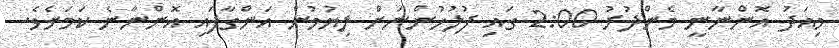
މިއަދު އޮންނާނީ މެންދުރު 2:00 ގައި ފުލުހުންނަށް ލިޔުމުން އަންގާފައި އޮންނާނެ ކަމަށެވެ.